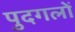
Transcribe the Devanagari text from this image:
पुदगलों